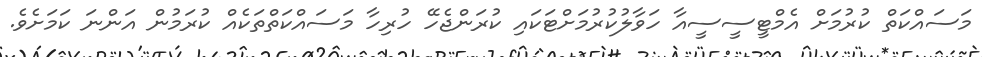
މަސައްކަތް ކުރުމަށް އެމްޓީސީސީއާ ހަވާލުކުރުމަށްޓަކައި ކުރަންޖެހޭ ހުރިހާ މަސައްކަތްތަކެއް ކުރަމުން އަންނަ ކަމަށެވެ.